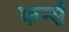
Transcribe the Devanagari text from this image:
फर्न्स